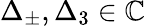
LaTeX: \Delta_{\pm},\Delta_{3}\in\mathbb{C}